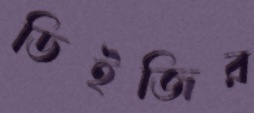
ডিইজির